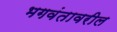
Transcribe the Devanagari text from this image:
भगवंतावरील